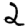
Digit: 2